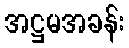
အဋ္ဌမအခန်း